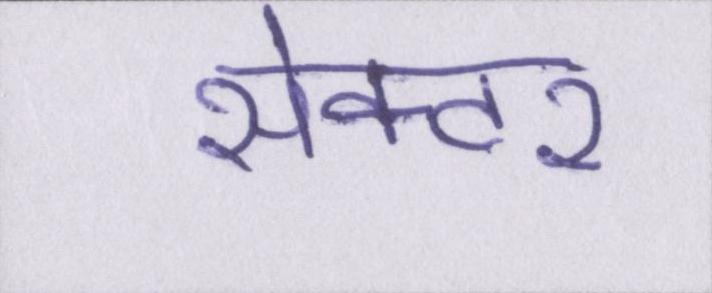
सेक्टर